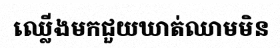
ឈ្លើងមកជួយឃាត់ឈាមមិន